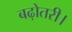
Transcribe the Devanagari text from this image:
बढ़ोतरी।